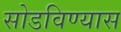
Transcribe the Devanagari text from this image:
सोडविण्यास